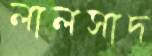
লালসাদ